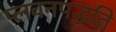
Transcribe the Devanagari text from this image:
प्लवनपद्धति